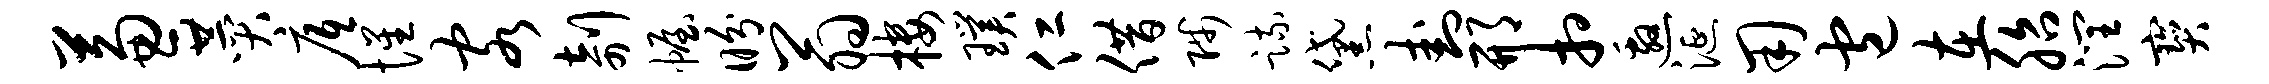
兼赞底惺客剞幄盼翁楼璞仁借陟疏黛卦邢相邀涎用包在胎润宝